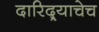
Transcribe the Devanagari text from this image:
दारिद्र्याचेच